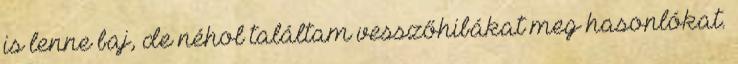
is lenne baj, de néhol találtam vesszőhibákat meg hasonlókat.